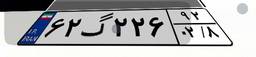
۶۲گ۲۲۶۹۲